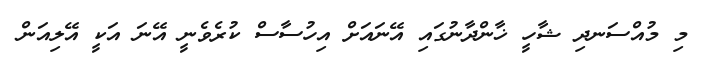
މި މުއްސަނދި ޝާހީ ޚާންދާނުގައި އޭނައަށް އިހުސާސް ކުރެވެނީ އޭނަ އަކީ އޭލިއަން